Report on vaccination in the Province of Bengal - 1869-1873
Year: 1869
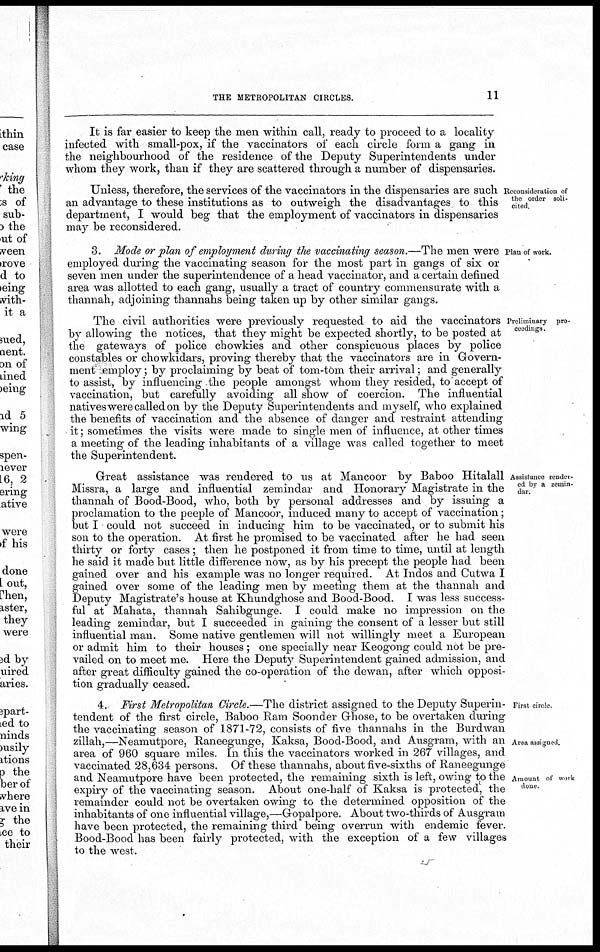
THE METROPOLITAN CIRCLES.
11
It is far easier to keep the men within call, ready to proceed to a locality
infected with small-pox, if the vaccinators of each circle form a gang in
the neighbourhood of the residence of the Deputy Superintendents under
whom they work, than if they are scattered through a number of dispensaries.
Reconsideration of
the order soli-
cited.
Unless, therefore, the services of the vaccinators in the dispensaries are such
an advantage to these institutions as to outweigh the disadvantages to this
department, I would beg that the employment of vaccinators in dispensaries
may be reconsidered.
Plan of work.
3. Mode or plan of employment during the vaccinating season.—The men were
employed during the vaccinating season for the most part in gangs of six or
seven men under the superintendence of a head vaccinator, and a certain defined
area was allotted to each gang, usually a tract of country commensurate with a
thannah, adjoining thannahs being taken up by other similar gangs.
Preliminary pro-
ceedings.
The civil authorities were previously requested to aid the vaccinators
by allowing the notices, that they might be expected shortly, to be posted at
the gateways of police chowkies and other conspicuous places by police
constables or chowkidars, proving thereby that the vaccinators are in Govern-
ment employ; by proclaiming by beat of tom-tom their arrival; and generally
to assist, by influencing the people amongst whom they resided, to accept of
vaccination, but carefully avoiding all show of coercion. The influential
natives were called on by the Deputy Superintendents and myself, who explained
the benefits of vaccination and the absence of danger and restraint attending
it; sometimes the visits were made to single men of influence, at other times
a meeting of the leading inhabitants of a village was called together to meet
the Superintendent.
Assistance render¬
ed by a zemin-
dar.
Great assistance was rendered to us at Mancoor by Baboo Hitalall
Missra, a large and influential zemindar and Honorary Magistrate in the
thannah of Bood-Bood, who, both by personal addresses and by issuing a
proclamation to the peeple of Mancoor, induced many to accept of vaccination;
but I could not succeed in inducing him to be vaccinated, or to submit his
son to the operation. At first he promised to be vaccinated after he had seen
thirty or forty cases ; then he postponed it from time to time, until at length
he said it made but little difference now, as by his precept the people had been
gained over and his example was no longer required. At Indos and Cutwa I
gained over some of the leading men by meeting them at the thannah and
Deputy Magistrate's house at Khundghose and Bood-Bood. I was less success-
ful at Mahata, thannah Sahibgunge. I could make no impression on the
leading zemindar, but I succeeded in gaining the consent of a lesser but still
influential man. Some native gentlemen will not willingly meet a European
or admit him to their houses ; one specially near Keogong could not be pre-
vailed on to meet me. Here the Deputy Superintendent gained admission, and
after great difficulty gained the co-operation of the dewan, after which opposi-
tion gradually ceased.
First circle
Area assigned.
Amount of work
done.
4. First Metropolitan Circle.—The district assigned to the Deputy Superin-
tendent of the first circle, Baboo Ram Soonder Ghose, to be overtaken during
the vaccinating season of 1871-72, consists of five thannahs in the Burdwan
zillah,—Neamutpore, Raneegunge, Kaksa, Bood-Bood, and Ausgram, with an
area of 960 square miles. In this the vaccinators worked in 267 villages, and
vaccinated 28,634 persons. Of these thannahs, about five-sixths of Raneegunge
and Neamutpore have been protected, the remaining sixth is left, owing to the
expiry of the vaccinating season. About one-half of Kaksa is protected, the
remainder could not be overtaken owing to the determined opposition of the
inhabitants of one influential village,—Gopalpore. About two-thirds of Ausgram
have been protected, the remaining third being overrun with endemic fever.
Bood-Bood has been fairly protected, with the exception of a few villages
to the west.